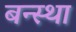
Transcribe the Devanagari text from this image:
बन्स्था